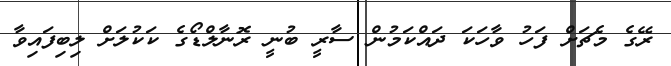
ރޭގެ މެޗަށް ފަހު ވާހަކަ ދައްކަމުން ސާރީ ބުނީ ރޮނާލްޑޯގެ ކަކުލަށް ލިބިފައިވާ